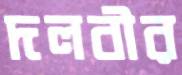
দলবীর